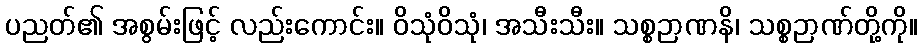
ပညတ်၏ အစွမ်းဖြင့် လည်းကောင်း။ ဝိသုံဝိသုံ၊ အသီးသီး။ သစ္စဉာဏနိ၊ သစ္စဉာဏ်တို့ကို။